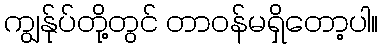
ကျွန်ုပ်တို့တွင် တာဝန်မရှိတော့ပါ။